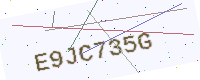
Text: E9JC735G